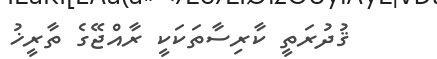
ޤުދުރަތީ ކާރިސާތަކަކީ ރާއްޖޭގެ ތާރީޚު